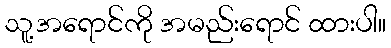
သူ့အရောင်ကို အမည်းရောင် ထားပါ။